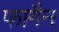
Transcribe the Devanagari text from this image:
फागैन